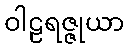
ဝါဠရဇ္ဇုယာ